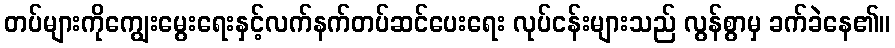
တပ်များကိုကျွေးမွေးရေးနှင့်လက်နက်တပ်ဆင်ပေးရေး လုပ်ငန်းများသည် လွန်စွာမှ ခက်ခဲနေ၏။